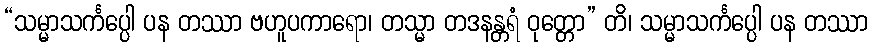
“သမ္မာသင်္ကပ္ပေါ ပန တဿာ ဗဟူပကာရော၊ တသ္မာ တဒနန္တရံ ဝုတ္တော” တိ၊ သမ္မာသင်္ကပ္ပေါ ပန တဿာ